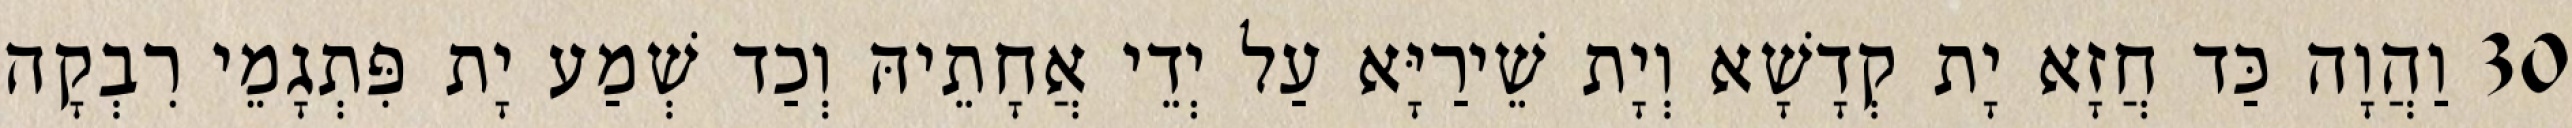
30 וַהֲוָה כַּד חֲזָא יָת קְדָשָׁא וְיָת שֵׁירַיָּא עַל יְדֵי אֲחָתֵיהּ וְכַד שְׁמַע יָת פִּתְגָמֵי רִבְקָה